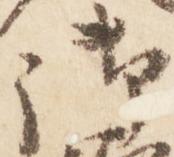
御